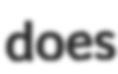
does